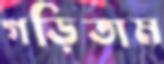
গড়িতাম